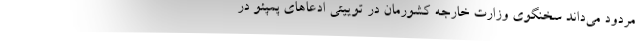
مردود می‌داند سخنگوی وزارت خارجه کشورمان در توییتی ادعاهای پمپئو در